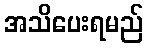
အသိပေးရမည်